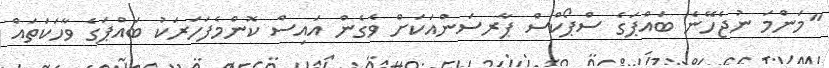
"މަންމަ ނުޖެހޭނެ ބައްޕަގެ ސްޕޯކްސް ޕާރސަންއަކަށް ވެގެން އައިސް ކޮންމެފަހަރަކު ބައްޕަގެ ވާހަކަތައް